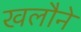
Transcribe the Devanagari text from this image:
खलौने